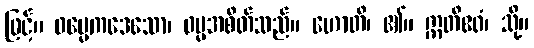
ဖြင့်။ ဓမ္မေကဒေသော၊ ဓမ္မအစိတ်သည်။ ဟောတိ၊ ၏။ ဣတိဧဝံ၊ သို့။